Vaccination in Bombay 1874-1876 - 1874-1876
Year: 1874
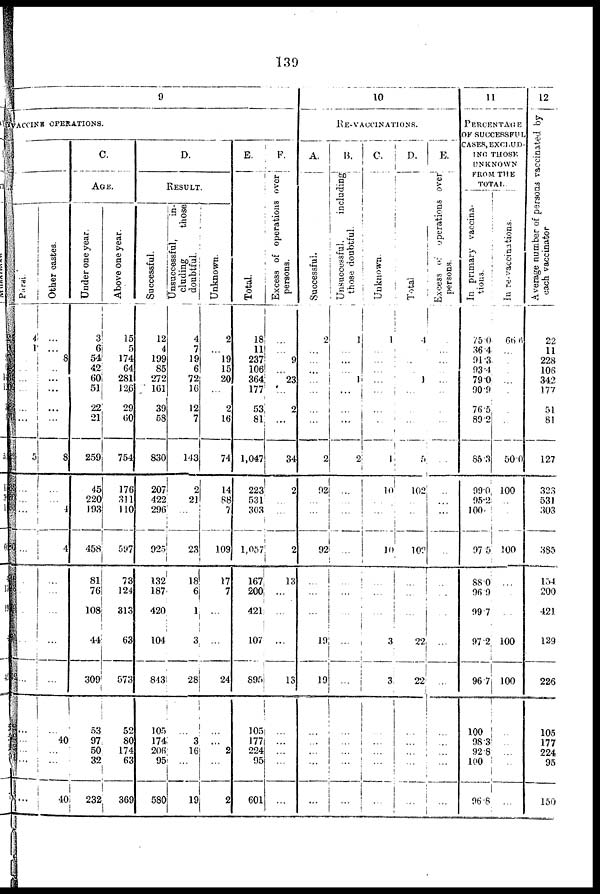
139
9
VACCINE OPERATIONS.
Parsi.
4
1
..
...
...
...
...
5
...
...
...
...
.
.
.
..
...
...
...
...
...
...
Other castes.
...
...
8
..
...
...
...
...
8
...
...
4
4
...
...
...
...
...
...
40
...
...
40
C.
AGE.
Under one year.
3
6
54
42
60
51
22
21
259
45
220
193
458
81
76
108
44
309
53
97
50
32
232
Above one year.
15
5
174
64
281
126
29
60
754
176
311
110
597
73
124
313
63
573
52
80
174
63
369
D.
RESULT.
Successful.
12
4
199
85
272
161
39
58
830
207
422
296
925
132
187
420
104
843
105
174
206
95
580
Unsuccessful,
in-
cluding
those
doubtful.
4
7
19
6
72
16
12
7
143
2
21
...
23
18
6
1
3
28
...
3
16
...
19
Unknown.
2
...
19
15
20
...
2
16
74
14
88
7
109
17
7
...
...
24
...
...
2
...
2
E.
Total
18
11
237
106
364
177
53
81
1,047
223
531
303
1,057
167
200
421
107
895
105
177
224
95
601
F.
Excess of operations over
persons.
...
...
9
...
23
...
2
...
34
2
..
...
2
13
...
...
...
13
...
...
...
...
...
10
RE-VACCINATIONS.
A.
Successful.
2
...
...
...
...
...
...
...
2
92
...
...
92
...
...
...
19
19
...
...
...
...
...
B.
Unsuccessful.
including
those doubtful.
1
...
...
...
1
...
...
...
2
...
...
...
...
...
...
...
...
...
...
...
...
...
...
C.
Unknown.
1
...
...
...
...
...
...
.
1
10
..
...
10
...
...
...
3
3
...
...
...
...
...
D.
Total
4
...
.
1
...
...
...
5
102
..
..
102
...
...
...
22
22
...
...
...
...
...
E.
Excess of operations over
persons.
...
...
...
.
...
...
...
...
..
..
...
...
..
..
...
.
...
...
...
...
...
...
...
11
PERCENTAGE
OF SUCCESSFUL
CASES, EXCLUD-
ING THOSE
UNKNOWN
FROM THE
TOTAL
In primary vaccina-
tions.
75.0
36.4
91.3
93.4
79.0
90.9
76.5
89.2
85.3
99.0
95.2
100.
97.5
88.0
96.9
99.7
97.2
96.7
100
98.3
92.8
100
96.8
In re-vaccinations.
66.6
...
...
...
...
...
...
...
50.0
100
...
...
100
...
...
...
100
100
..
..
...
..
...
12
Average number of persons vaccinated by
each vaccinator
22
11
228
106
342
177
51
81
127
323
531
303
385
154
200
421
129
226
105
177
224
95
150